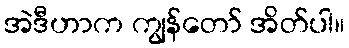
အဲဒီဟာက ကျွန်တော် အိတ်ပါ။